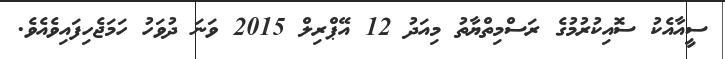
ސީއާއެކު ސޮއިކުރުމުގެ ރަސްމިތްޔާތު މިއަދު 12 އޭޕްރިލް 2015 ވަނަ ދުވަހު ހަމަޖެހިފައިވެއެވެ.